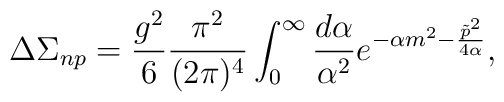
\Delta\Sigma_{np} = \frac{g^2}6\frac{\pi^2}{(2\pi)^4}\int_0^\infty  \frac{d\alpha}{\alpha^2} e^{-\alpha m^2-\frac{\tilde p^2}{4\alpha}},